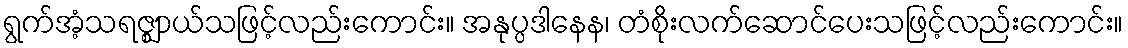
ရွက်အံ့သရဇ္ဈာယ်သဖြင့်လည်းကောင်း။ အနုပ္ပဒါနေန၊ တံစိုးလက်ဆောင်ပေးသဖြင့်လည်းကောင်း။